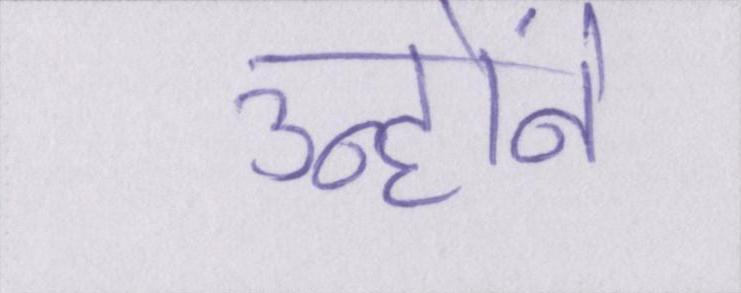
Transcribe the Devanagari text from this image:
उन्होंने